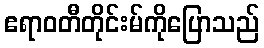
ဧရာဝတီတိုင်းမ်ကိုပြောသည်